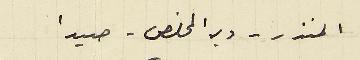
المنذر – دير المخلص - صيدا